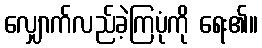
လျှောက်လည်ခဲ့ကြပုံကို ရေး၏။